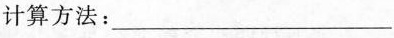
计算方法：___